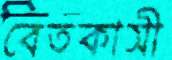
বেতকাসী